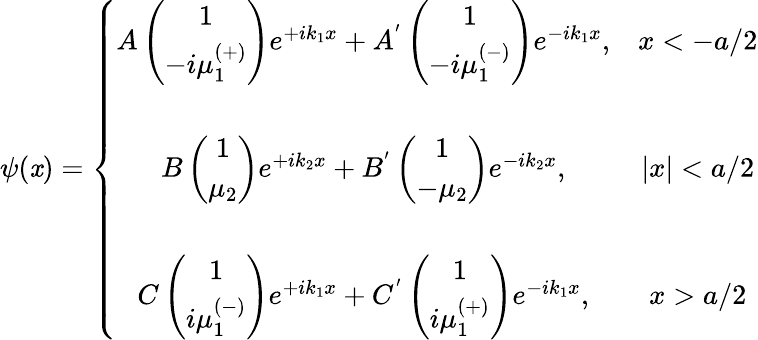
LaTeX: \psi(\mathit{x})=\left\{ \begin{array}{cc}{{A\left(\begin{array}{c}{{1}}\\ {{-i\mu_{1}^{\left(+\right)}}}\end{array}\right)e^{+ik_{1}x}+A^{^{\prime}}\left(\begin{array}{c}{{1}}\\ {{-i\mu_{1}^{\left(-\right)}}}\end{array}\right)e^{-ik_{1}x},}}&{{x<-a/2}}\\ {{}}&{{}}\\ {{B\left(\begin{array}{c}{{1}}\\ {{\mu_{2}}}\end{array}\right)e^{+ik_{2}x}+B^{^{\prime}}\left(\begin{array}{c}{{1}}\\ {{-\mu_{2}}}\end{array}\right)e^{-ik_{2}x},}}&{{|x|<a/2}}\\ {{}}&{{}}\\ {{C\left(\begin{array}{c}{{1}}\\ {{i\mu_{1}^{\left(-\right)}}}\end{array}\right)e^{+ik_{1}x}+C^{^{\prime}}\left(\begin{array}{c}{{1}}\\ {{i\mu_{1}^{\left(+\right)}}}\end{array}\right)e^{-ik_{1}x},}}&{{x>a/2}}\end{array}\right.